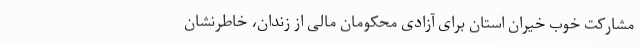
مشارکت خوب خیران استان برای آزادی محکومان مالی از زندان، خاطرنشان